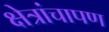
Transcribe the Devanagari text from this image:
क्षेत्रांचापण